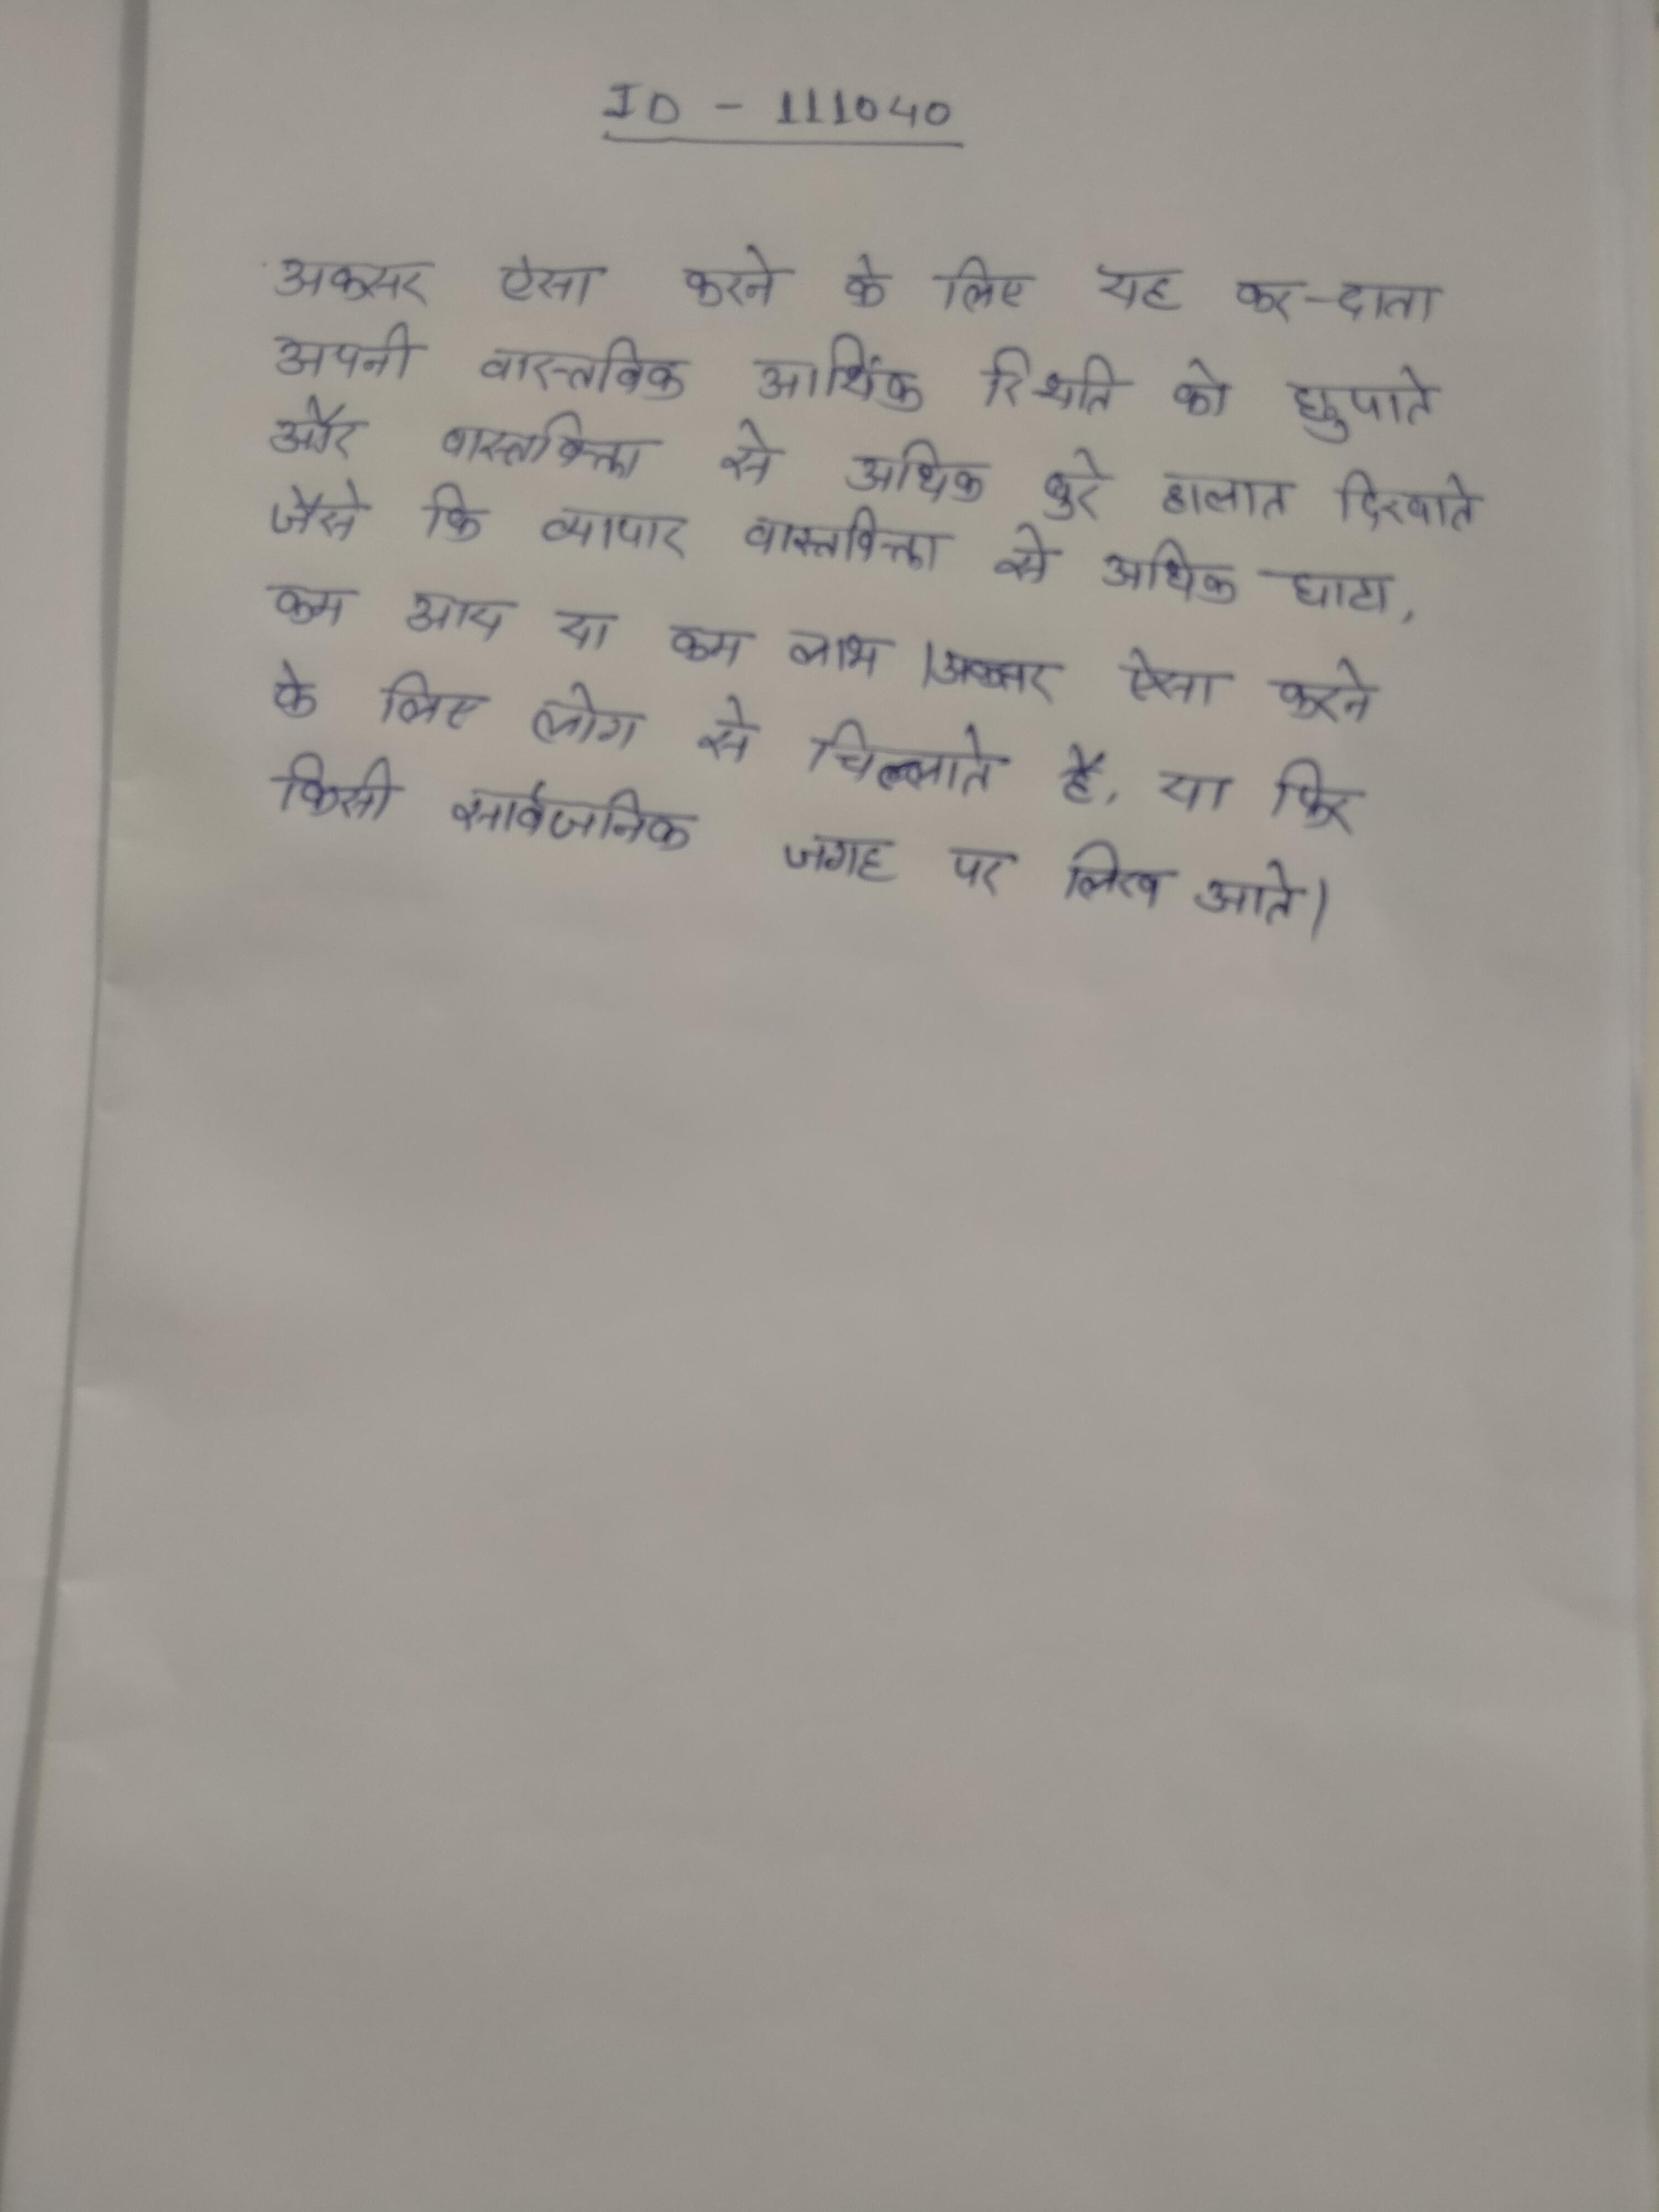
अक्सर ऐसा करने के लिए यह कर-दाता अपनी वास्तविक आर्थिक स्थिति को छुपाते और वास्तविक्ता से अधिक बुरे हालात दिखाते जैसे कि व्यापार वास्तविक्ता से अधिक घाटा, कम आय या कम लाभ । अक्सर ऐसा करने के लिए लोग से चिल्लाते है, या फिर किसी सार्वजनिक जगह पर लिख आते ।